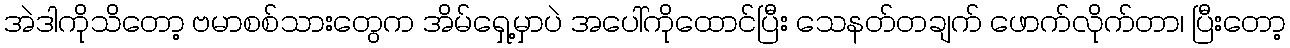
အဲဒါကိုသိတော့ ဗမာစစ်သားတွေက အိမ်ရှေ့မှာပဲ အပေါ်ကိုထောင်ပြီး သေနတ်တချက် ဖောက်လိုက်တာ၊ ပြီးတော့